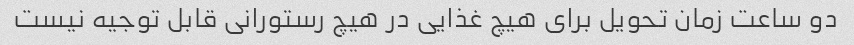
دو ساعت زمان تحویل برای هیچ غذایی در هیچ رستورانی قابل توجیه نیست